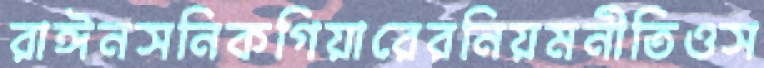
রাঈনসনিকগিয়ারেরনিয়মনীতিওস